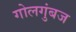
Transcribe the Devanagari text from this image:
गोलगुंबज